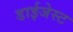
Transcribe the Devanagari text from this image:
डाईजेस्ट